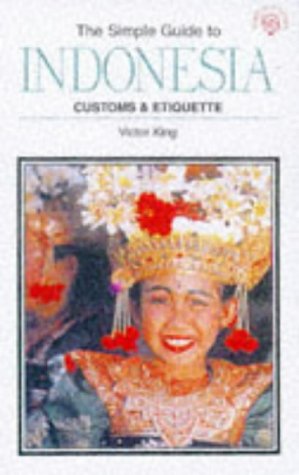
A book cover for Simple Guide to Indonesia: Customs & Etiquette (Simple Guides); Graham Saunders; Travel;